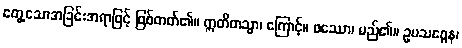
တွေ့သောအခြင်းအရာဖြင့် ဖြစ်တတ်၏။ ဣတိတသ္မာ၊ ကြောင့်။ ဖဿော၊ မည်၏။ ဥပသဂ္ဂေန၊